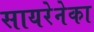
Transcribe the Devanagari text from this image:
सायरेनेका